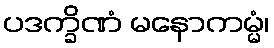
ပဒက္ခိဏံ မနောကမ္မံ၊